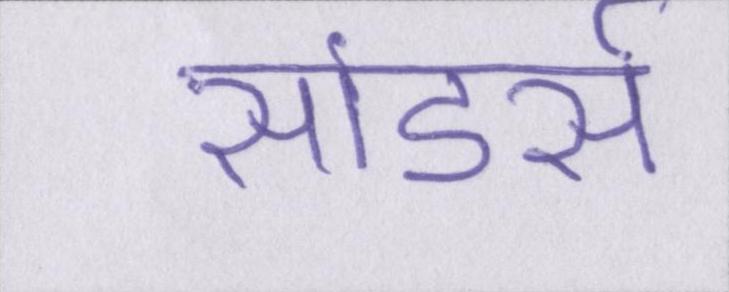
सांडर्स